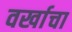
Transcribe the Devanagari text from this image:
वर्खाचा